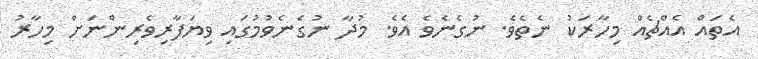
އެތައް އެއްޗެއް މިހާރަކު ނެތެވެ. ނުގެނެވެ އެވެ. މުދާ ނުގެނެވުމުގައި ވިޔަފާރިވެރިންނަށް މިހާރު